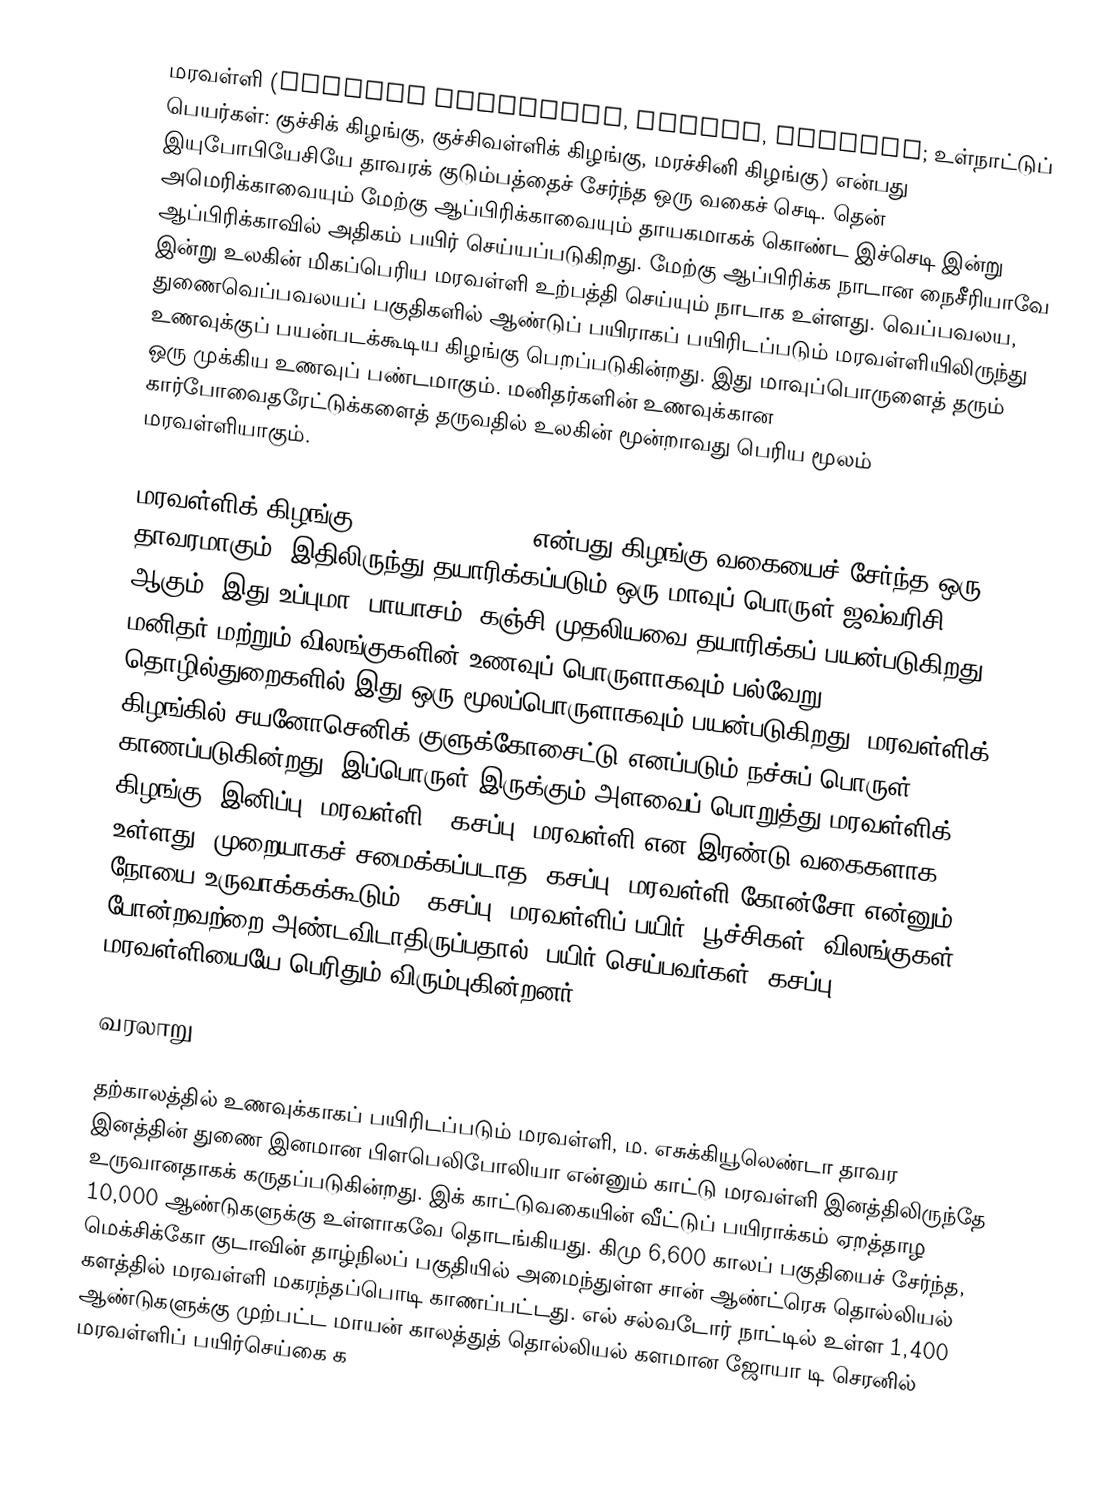
மரவள்ளி (Manihot esculenta, manioc, cassava; உள்நாட்டுப் பெயர்கள்: குச்சிக் கிழங்கு, குச்சிவள்ளிக் கிழங்கு, மரச்சினி கிழங்கு) என்பது இயுபோபியேசியே தாவரக் குடும்பத்தைச் சேர்ந்த ஒரு வகைச் செடி. தென் அமெரிக்காவையும் மேற்கு ஆப்பிரிக்காவையும் தாயகமாகக் கொண்ட இச்செடி இன்று ஆப்பிரிக்காவில் அதிகம் பயிர் செய்யப்படுகிறது. மேற்கு ஆப்பிரிக்க நாடான நைசீரியாவே இன்று உலகின் மிகப்பெரிய மரவள்ளி உற்பத்தி செய்யும் நாடாக உள்ளது. வெப்பவலய, துணைவெப்பவலயப் பகுதிகளில் ஆண்டுப் பயிராகப் பயிரிடப்படும் மரவள்ளியிலிருந்து உணவுக்குப் பயன்படக்கூடிய கிழங்கு பெறப்படுகின்றது. இது மாவுப்பொருளைத் தரும் ஒரு முக்கிய உணவுப் பண்டமாகும். மனிதர்களின் உணவுக்கான கார்போவைதரேட்டுக்களைத் தருவதில் உலகின் மூன்றாவது பெரிய மூலம் மரவள்ளியாகும்.

மரவள்ளிக் கிழங்கு (Tapioca Cassava) என்பது கிழங்கு வகையைச் சேர்ந்த ஒரு தாவரமாகும். இதிலிருந்து தயாரிக்கப்படும் ஒரு மாவுப் பொருள் ஜவ்வரிசி ஆகும். இது உப்புமா, பாயாசம், கஞ்சி முதலியவை தயாரிக்கப் பயன்படுகிறது. மனிதர் மற்றும் விலங்குகளின் உணவுப் பொருளாகவும் பல்வேறு தொழில்துறைகளில் இது ஒரு மூலப்பொருளாகவும் பயன்படுகிறது. மரவள்ளிக் கிழங்கில் சயனோசெனிக் குளுக்கோசைட்டு எனப்படும் நச்சுப் பொருள் காணப்படுகின்றது. இப்பொருள் இருக்கும் அளவைப் பொறுத்து மரவள்ளிக் கிழங்கு "இனிப்பு" மரவள்ளி, "கசப்பு" மரவள்ளி என இரண்டு வகைகளாக உள்ளது. முறையாகச் சமைக்கப்படாத "கசப்பு" மரவள்ளி கோன்சோ என்னும் நோயை உருவாக்கக்கூடும். "கசப்பு" மரவள்ளிப் பயிர், பூச்சிகள், விலங்குகள் போன்றவற்றை அண்டவிடாதிருப்பதால், பயிர் செய்பவர்கள் "கசப்பு" மரவள்ளியையே பெரிதும் விரும்புகின்றனர்.

வரலாறு

தற்காலத்தில் உணவுக்காகப் பயிரிடப்படும் மரவள்ளி, ம. எசுக்கியூலெண்டா தாவர இனத்தின் துணை இனமான பிளபெலிபோலியா என்னும் காட்டு மரவள்ளி இனத்திலிருந்தே உருவானதாகக் கருதப்படுகின்றது. இக் காட்டுவகையின் வீட்டுப் பயிராக்கம் ஏறத்தாழ 10,000 ஆண்டுகளுக்கு உள்ளாகவே தொடங்கியது. கிமு 6,600 காலப் பகுதியைச் சேர்ந்த, மெக்சிக்கோ குடாவின் தாழ்நிலப் பகுதியில் அமைந்துள்ள சான் ஆண்ட்ரெசு தொல்லியல் களத்தில் மரவள்ளி மகரந்தப்பொடி காணப்பட்டது. எல் சல்வடோர் நாட்டில் உள்ள 1,400 ஆண்டுகளுக்கு முற்பட்ட மாயன் காலத்துத் தொல்லியல் களமான ஜோயா டி செரனில் மரவள்ளிப் பயிர்செய்கை க